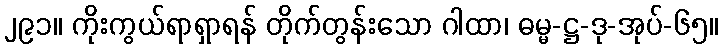
၂၉၁။ ကိုးကွယ်ရာရှာရန် တိုက်တွန်းသော ဂါထာ၊ ဓမ္မ-ဋ္ဌ-ဒု-အုပ်-၆၅။